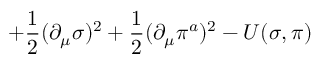
+ \frac { 1 } { 2 } ( \partial _ { \mu } \sigma ) ^ { 2 } + \frac { 1 } { 2 } ( \partial _ { \mu } \pi ^ { a } ) ^ { 2 } - U ( \sigma , \pi )